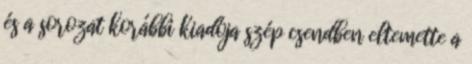
és a sorozat korábbi kiadója szép csendben eltemette a